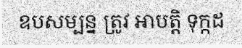
ឧបសម្បន្ន ត្រូវ អាបត្តិ ទុក្កដ